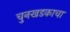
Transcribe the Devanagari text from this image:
चुनखडकाचा